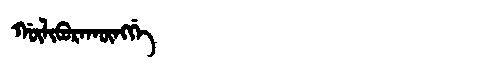
Manchu: ᡤᡡᠯᡳᠪᡠᡵᠠᡴᡡᠩᡤᡝ
Romanization: GŪLIBURAKŪNGGE